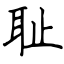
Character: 耻